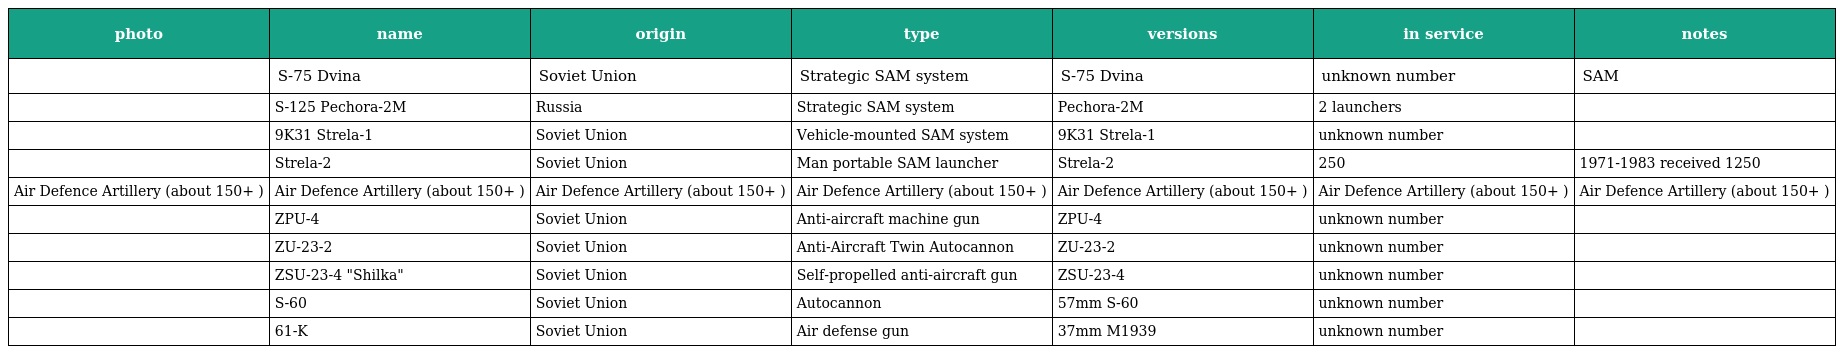
| photo | name | origin | type | versions | in service | notes |
 | --- | --- | --- | --- | --- | --- | --- |
 |  | S-75 Dvina | Soviet Union | Strategic SAM system | S-75 Dvina | unknown number | SAM |
 |  | S-125 Pechora-2M | Russia | Strategic SAM system | Pechora-2M | 2 launchers |  |
 |  | 9K31 Strela-1 | Soviet Union | Vehicle-mounted SAM system | 9K31 Strela-1 | unknown number |  |
 |  | Strela-2 | Soviet Union | Man portable SAM launcher | Strela-2 | 250 | 1971-1983 received 1250 |
 | Air Defence Artillery (about 150+ ) | Air Defence Artillery (about 150+ ) | Air Defence Artillery (about 150+ ) | Air Defence Artillery (about 150+ ) | Air Defence Artillery (about 150+ ) | Air Defence Artillery (about 150+ ) | Air Defence Artillery (about 150+ ) |
 |  | ZPU-4 | Soviet Union | Anti-aircraft machine gun | ZPU-4 | unknown number |  |
 |  | ZU-23-2 | Soviet Union | Anti-Aircraft Twin Autocannon | ZU-23-2 | unknown number |  |
 |  | ZSU-23-4 "Shilka" | Soviet Union | Self-propelled anti-aircraft gun | ZSU-23-4 | unknown number |  |
 |  | S-60 | Soviet Union | Autocannon | 57mm S-60 | unknown number |  |
 |  | 61-K | Soviet Union | Air defense gun | 37mm M1939 | unknown number |  |